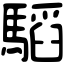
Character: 𩥅